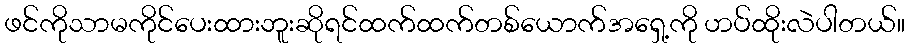
ဖင်ကိုသာမကိုင်ပေးထားဘူးဆိုရင်ထက်ထက်တစ်ယောက်အရှေ့ကို ဟပ်ထိုးလဲပါတယ်။